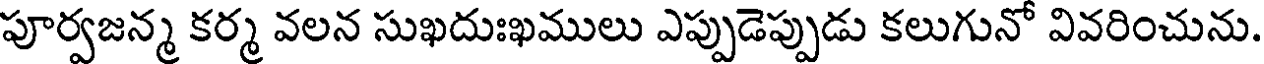
పూర్వజన్మ కర్మ వలన సుఖదుఃఖములు ఎప్పుడెప్పుడు కలుగునో వివరించును.